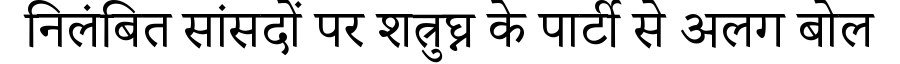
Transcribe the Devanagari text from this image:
निलंबित सांसदों पर शत्रुघ्न के पार्टी से अलग बोल